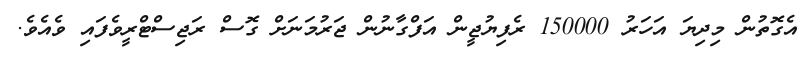
އެގޮތުން މިދިޔަ އަހަރު 150000 ރެފިޔުޖީން އަފްގާނުން ޖަރުމަނަށް ގޮސް ރަޖިސްޓްރީވެފައި ވެއެވެ.